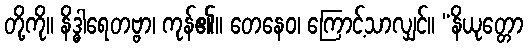
တို့ကို။ နိဒ္ဓါရေတဗ္ဗာ၊ ကုန်၏။ တေနေဝ၊ ကြောင့်သာလျှင်။ “နိယုတ္တော